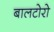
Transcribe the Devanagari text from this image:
बालटोरो